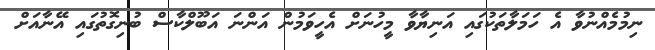
ނިމުމެއްނުވާ އެ ހަމަލާތަކުގައި އަނިޔާވާ މީހުނަށް އެހީވަމުން އަންނަ އަބޫލްކާސް ބުނިގޮތުގައި އޭނާއަށް